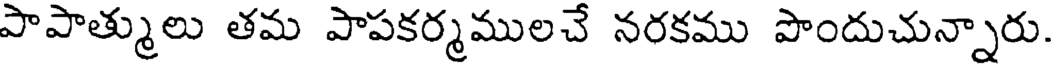
పాపాత్ములు తమ పాపకర్మములచే నరకము పొందుచున్నారు.